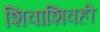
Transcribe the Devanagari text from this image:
शिवाशिवही